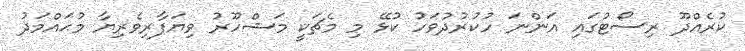
ކުރެއްދޫ ރިސޯޓުގައި އަންނަ ހުކުރުދުވަހު ކުޅޭ މި މެޗަކީ މަޝްހޫރު ވިޔަފާރިވެރިޔާ މުޙައްމަދު